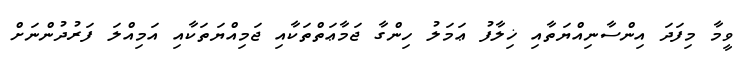
ވީމާ މިފަދަ އިންސާނިއްޔަތާއި ޚިލާފު ޢަމަލު ހިންގާ ޖަމާޢަތްތަކާއި ޖަމިއްޔަތަކާއި އަމިއްލަ ފަރުދުންނަށް